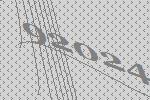
92024